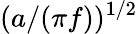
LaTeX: (a/(\pi f))^{1/2}